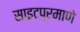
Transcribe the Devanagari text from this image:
साइटप्रमाणे